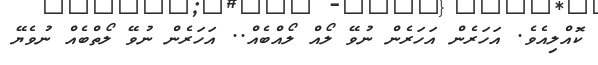
ކޮއްލިއެވެ. އަހަރެން އަހަރެން ނުވޭ ލޯއް ލޯއްބެއް.. އަހަރެން ނުވޭ ލޯތްބެއް ނުވެޔޭ